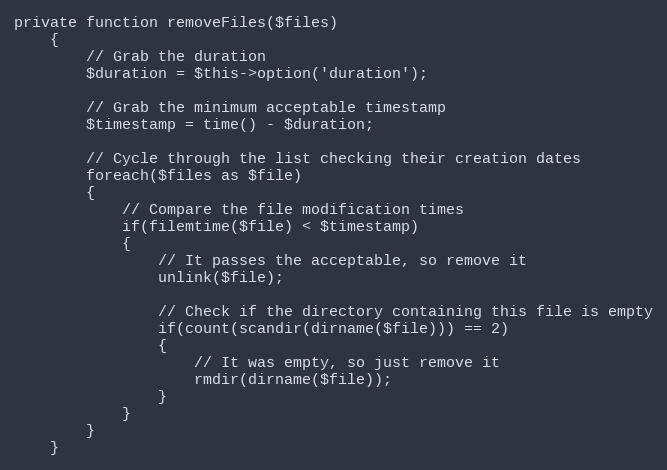
Language: PHP
private function removeFiles($files)
    {
        // Grab the duration
        $duration = $this->option('duration');

        // Grab the minimum acceptable timestamp
        $timestamp = time() - $duration;

        // Cycle through the list checking their creation dates
        foreach($files as $file)
        {
            // Compare the file modification times
            if(filemtime($file) < $timestamp)
            {
                // It passes the acceptable, so remove it
                unlink($file);

                // Check if the directory containing this file is empty
                if(count(scandir(dirname($file))) == 2)
                {
                    // It was empty, so just remove it
                    rmdir(dirname($file));
                }
            }
        }
    }